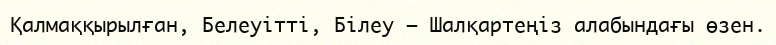
Қалмаққырылған, Белеуітті, Білеу – Шалқартеңіз алабындағы өзен.